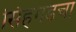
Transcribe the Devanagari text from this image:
सिंहगडचा